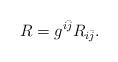
LaTeX: \begin{align*}R=g^{i\bar{j}}R_{i\bar{j}}.\end{align*}